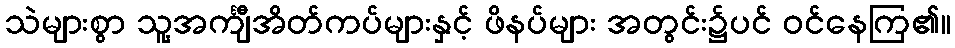
သဲများစွာ သူ့အင်္ကျီအိတ်ကပ်များနှင့် ဖိနပ်များ အတွင်း၌ပင် ဝင်နေကြ၏။